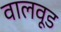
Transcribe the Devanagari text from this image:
वालवूड